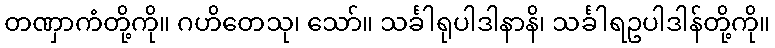
တဏှာကံတို့ကို။ ဂဟိတေသု၊ သော်။ သင်္ခါရုပါဒါနာနိ၊ သင်္ခါရဥပါဒါန်တို့ကို။